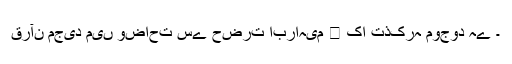
قرآن مجید میں وضاحت سے حضرت ابراہیم ﷤ کا تذکرہ موجود ہے ۔